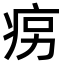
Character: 𤵱